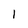
Character: 1